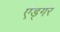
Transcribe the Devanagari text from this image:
ऐड्गर